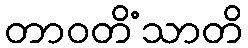
တာဝတိံသာတိ